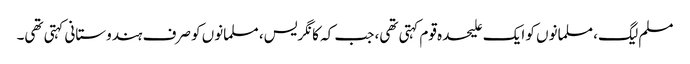
مسلم لیگ، مسلمانوں کو ایک علیحدہ قوم کہتی تھی، جب کہ کانگریس، مسلمانوں کو صرف ہندوستانی کہتی تھی۔